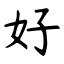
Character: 好